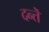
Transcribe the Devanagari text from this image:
दन्तॆ